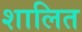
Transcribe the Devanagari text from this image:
शालित